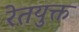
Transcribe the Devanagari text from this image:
रेतयुक्त